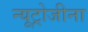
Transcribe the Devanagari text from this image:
न्यूट्रोजीना